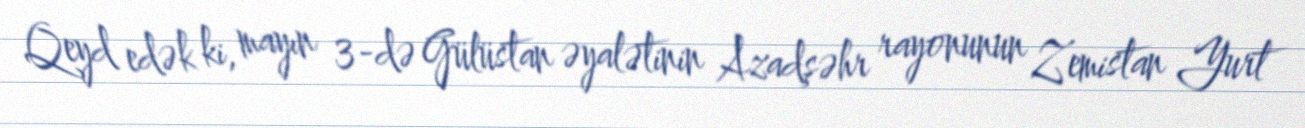
Qeyd edək ki, mayın 3-də Gülüstan əyalətinin Azadşəhr rayonunun Zemistan Yurt